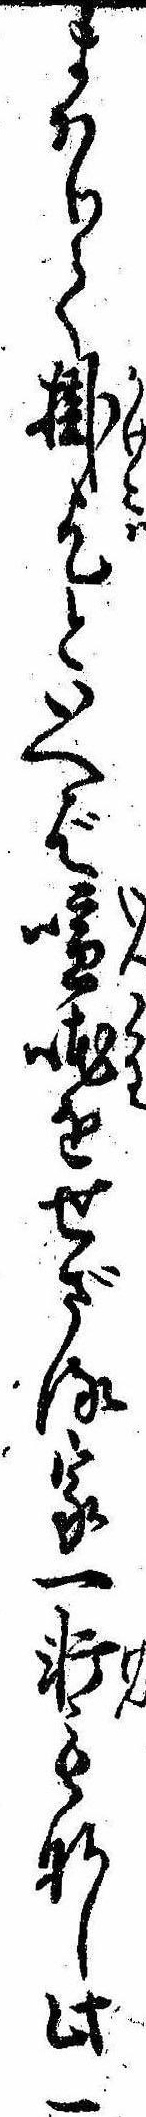
まはりて掛乞といへば喧をせざる家一軒もなし此一